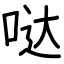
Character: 哒